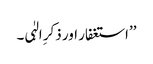
’’استغفار اور ذکرِ الہٰی۔